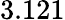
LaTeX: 3.121